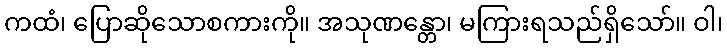
ကထံ၊ ပြောဆိုသောစကားကို။ အသုဏန္တော၊ မကြားရသည်ရှိသော်။ ဝါ၊